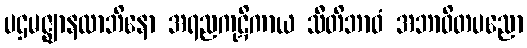
ပဌမဇ္ဈာနလာဘိနော အရညကုဋိကာယ သီတိဘာဝံ အဘာဝိတပညော